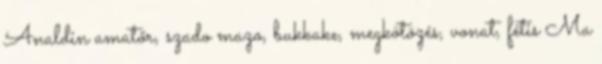
Analdin amatőr, szado mazo, bukkake, megkötözés, vonat, fétis Ma